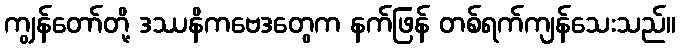
ကျွန်တော်တို့ ဒဿနိကဗေဒတွေက နက်ဖြန် တစ်ရက်ကျန်သေးသည်။